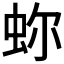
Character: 𧉰